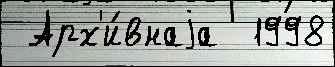
 Арх'и́внаjа  1998